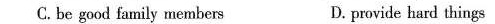
C.be good family members D. provide hard things